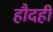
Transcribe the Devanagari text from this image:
हौदही